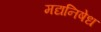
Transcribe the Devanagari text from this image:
मद्यनिषेध